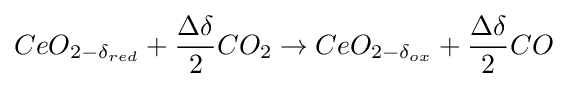
CeO_{2-\delta _{red}}+{\frac {\Delta \delta }{2}}CO_{2}\rightarrow CeO_{2-\delta _{ox}}+{\frac {\Delta \delta }{2}}CO